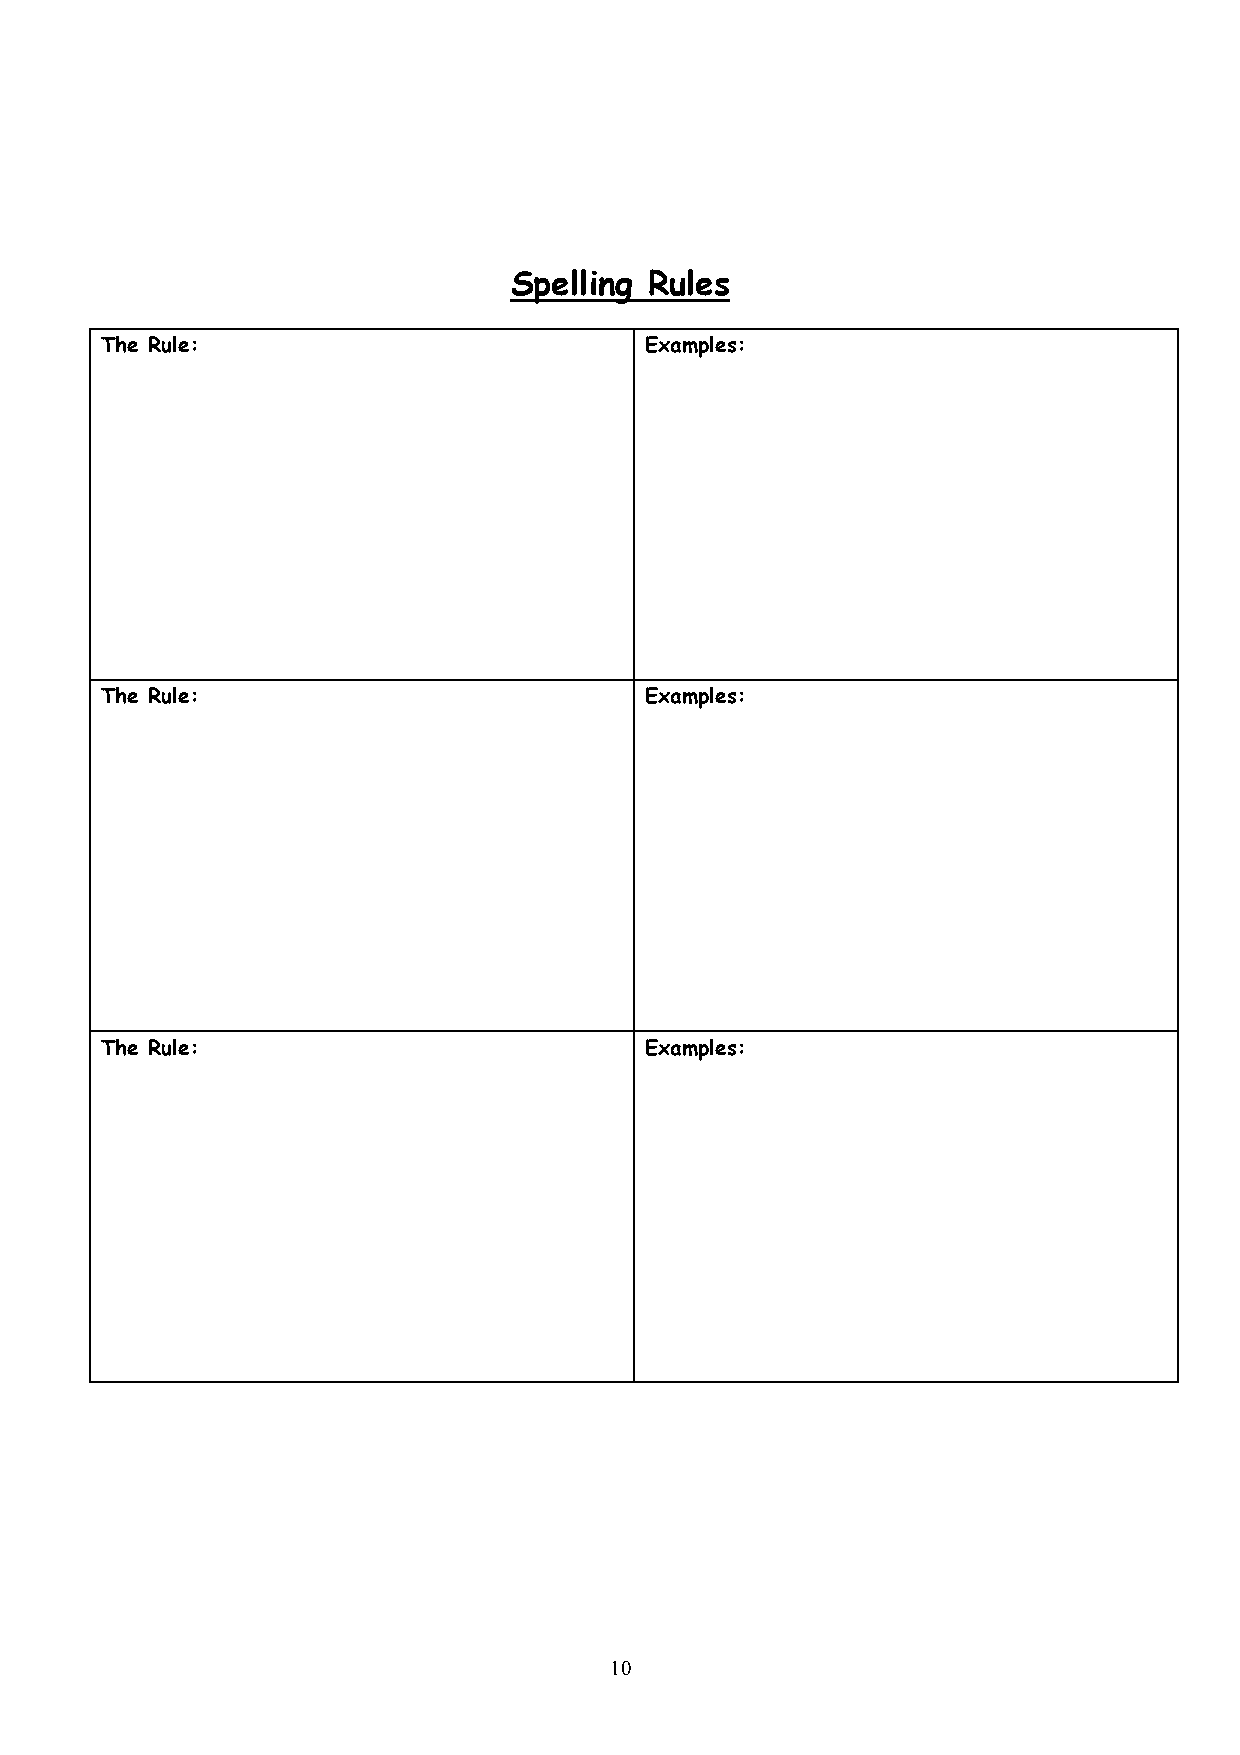
Spelling Rules
 The Rule:                           Examples:
 The Rule:                           Examples:
 The Rule:                           Examples:
 10